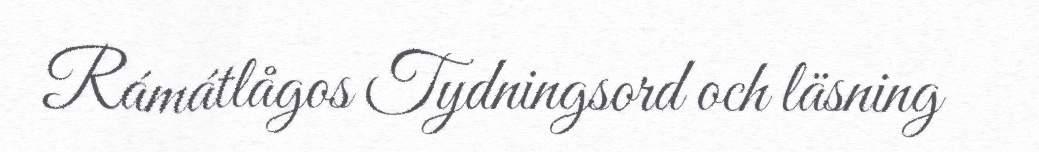
Rámátlågos Tydningsord och läsning